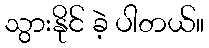
သွားနိုင် ခဲ့ ပါတယ်။